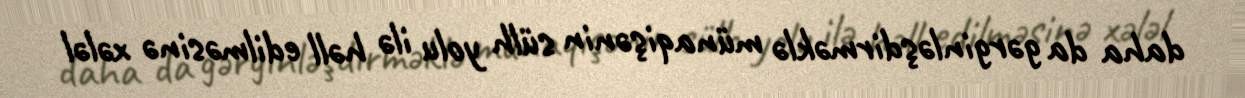
daha da gərginləşdirməklə münaqişənin sülh yolu ilə həll edilməsinə xələl